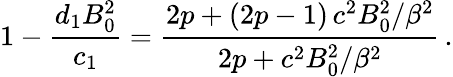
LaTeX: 1-\frac{d_{1}B_{0}^{2}}{c_{1}}=\frac{2p+(2p-1)\, c^{2}B_{0}^{2}/\beta^{2}}{2p+c^{2}B_{0}^{2}/\beta^{2}}\, .